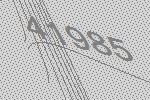
41985